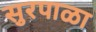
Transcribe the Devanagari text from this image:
सुरपाळा